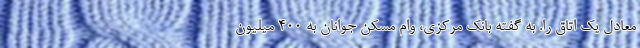
معادل یک اتاق را. به گفته بانک مرکزی، وام مسکن جوانان به 400 میلیون